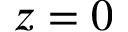
{ z = 0 }